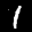
Label: 1